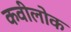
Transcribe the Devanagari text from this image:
कवीलोक